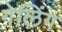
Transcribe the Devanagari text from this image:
गेलिंग